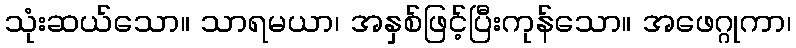
သုံးဆယ်သော။ သာရမယာ၊ အနှစ်ဖြင့်ပြီးကုန်သော။ အဖေဂ္ဂုကာ၊